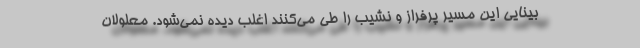
بینایی این مسیر پرفراز و نشیب را طی می‌کنند اغلب دیده نمی‌شود. معلولان